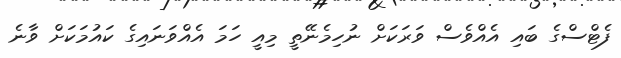
ފެޓްސްގެ ބައި އެއްވެސް ވަރަކަށް ނުހިމެނޭތީ މިއީ ހަމަ އެއްވަނައިގެ ކައުމަކަށް ވާނެ